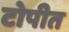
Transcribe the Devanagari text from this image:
टोपीत